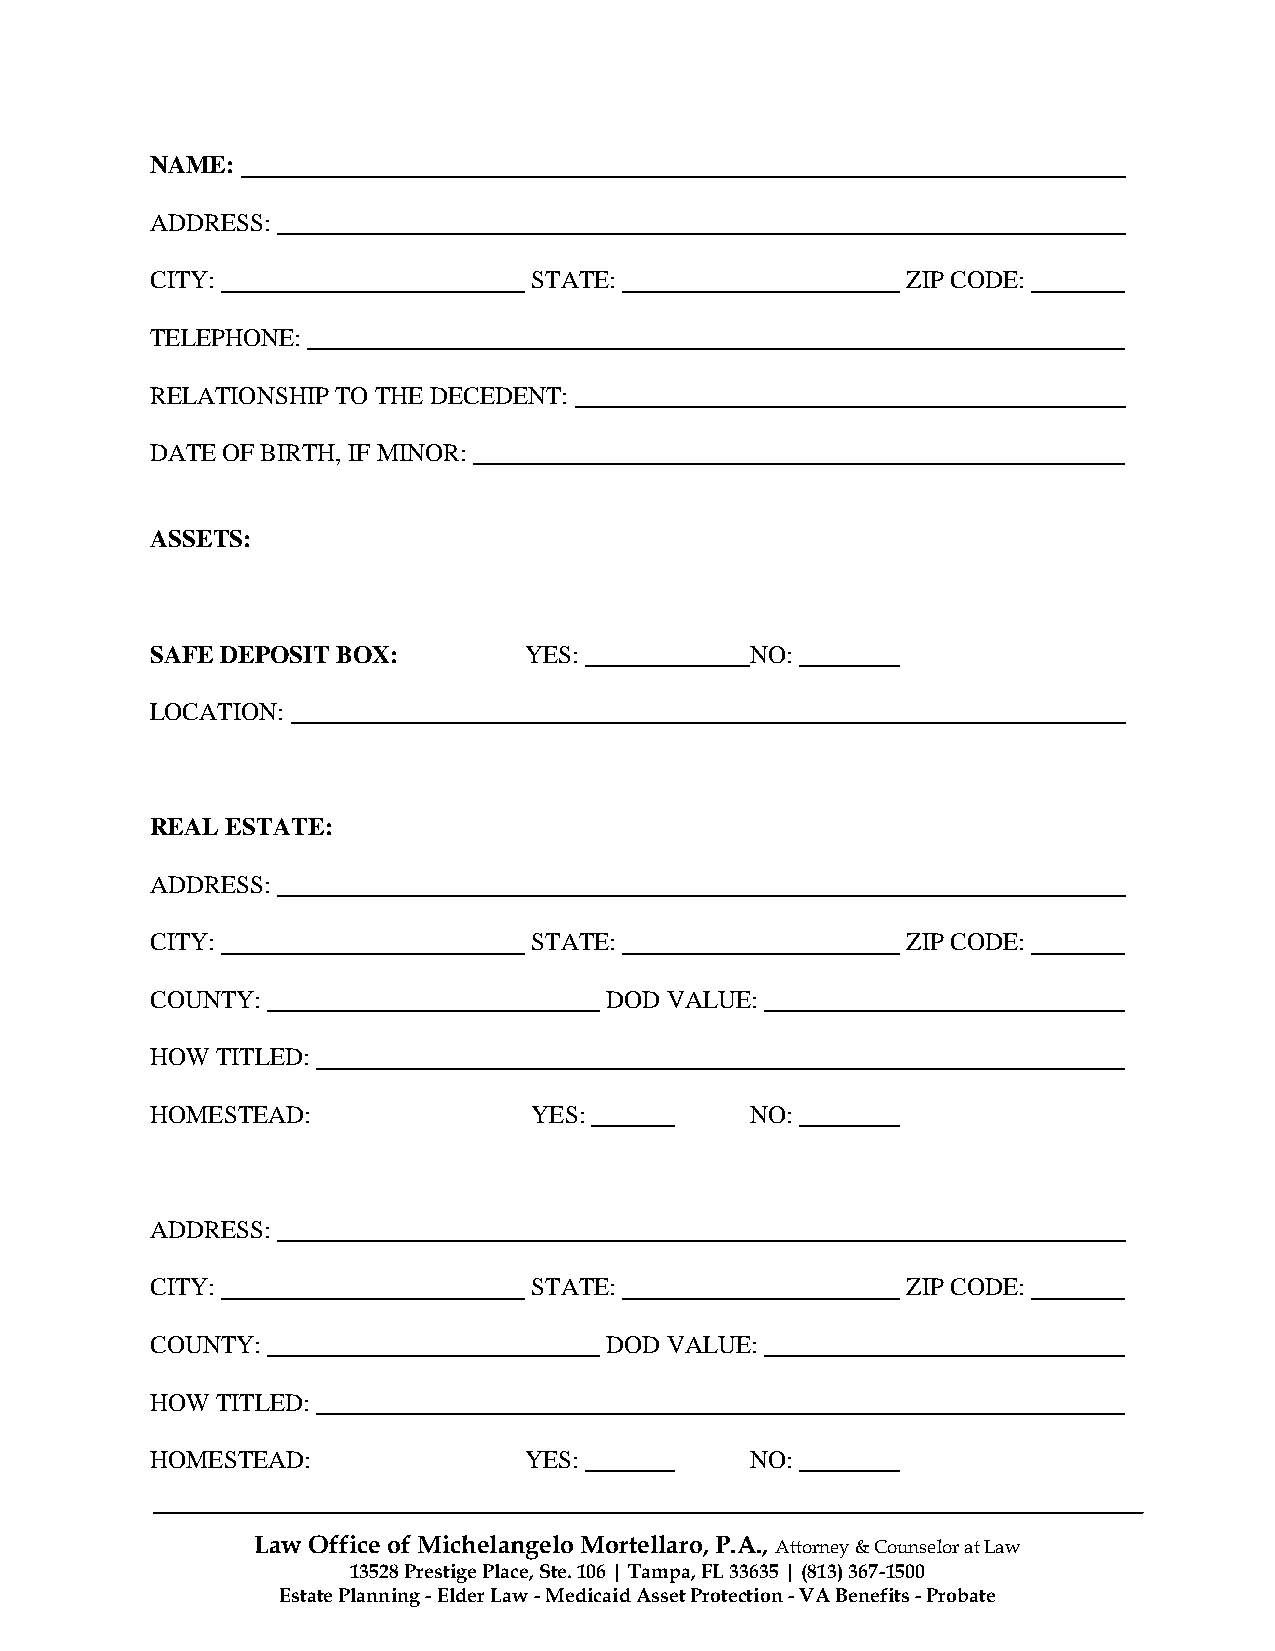
NAME:
 ADDRESS:
 CITY:                    STATE:                   ZIP CODE:
 TELEPHONE:
 RELATIONSHIP TO THE DECEDENT:
 DATE OF BIRTH, IF MINOR:
 ASSETS:
 SAFE DEPOSIT BOX:        YES:           NO:
 LOCATION:
 REAL ESTATE:
 ADDRESS:
 CITY:                    STATE:                   ZIP CODE:
 COUNTY:                       DOD VALUE:
 HOW TITLED:
 HOMESTEAD:               YES:           NO:
 ADDRESS:
 CITY:                    STATE:                   ZIP CODE:
 COUNTY:                       DOD VALUE:
 HOW TITLED:
 HOMESTEAD:               YES:           NO:
 Law Office of Michelangelo Mortellaro, P.A., Attorney & Counselor at Law
 13528 Prestige Place, Ste. 106 | Tampa, FL 33635 | (813) 367-1500
 Estate Planning - Elder Law - Medicaid Asset Protection - VA Benefits - Probate